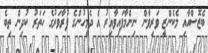
ބެޒޮސްއާއި މެކެންޒީ ވަރިވާން ނިންމާފައިވާއިރު އެ ދެމީހުންގެ ފުރާވަރުގެ ހަތަރު ކުދިން ތިބެ